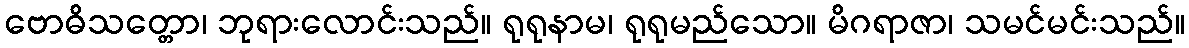
ဗောဓိသတ္တော၊ ဘုရားလောင်းသည်။ ရုရုနာမ၊ ရုရုမည်သော။ မိဂရာဇာ၊ သမင်မင်းသည်။